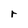
Character: r